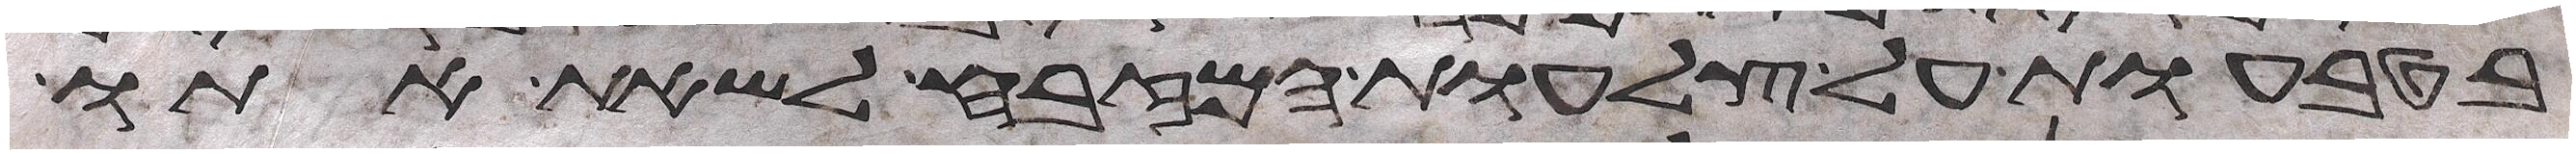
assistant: בטבעות על צלעות המזבח לשאת אתו